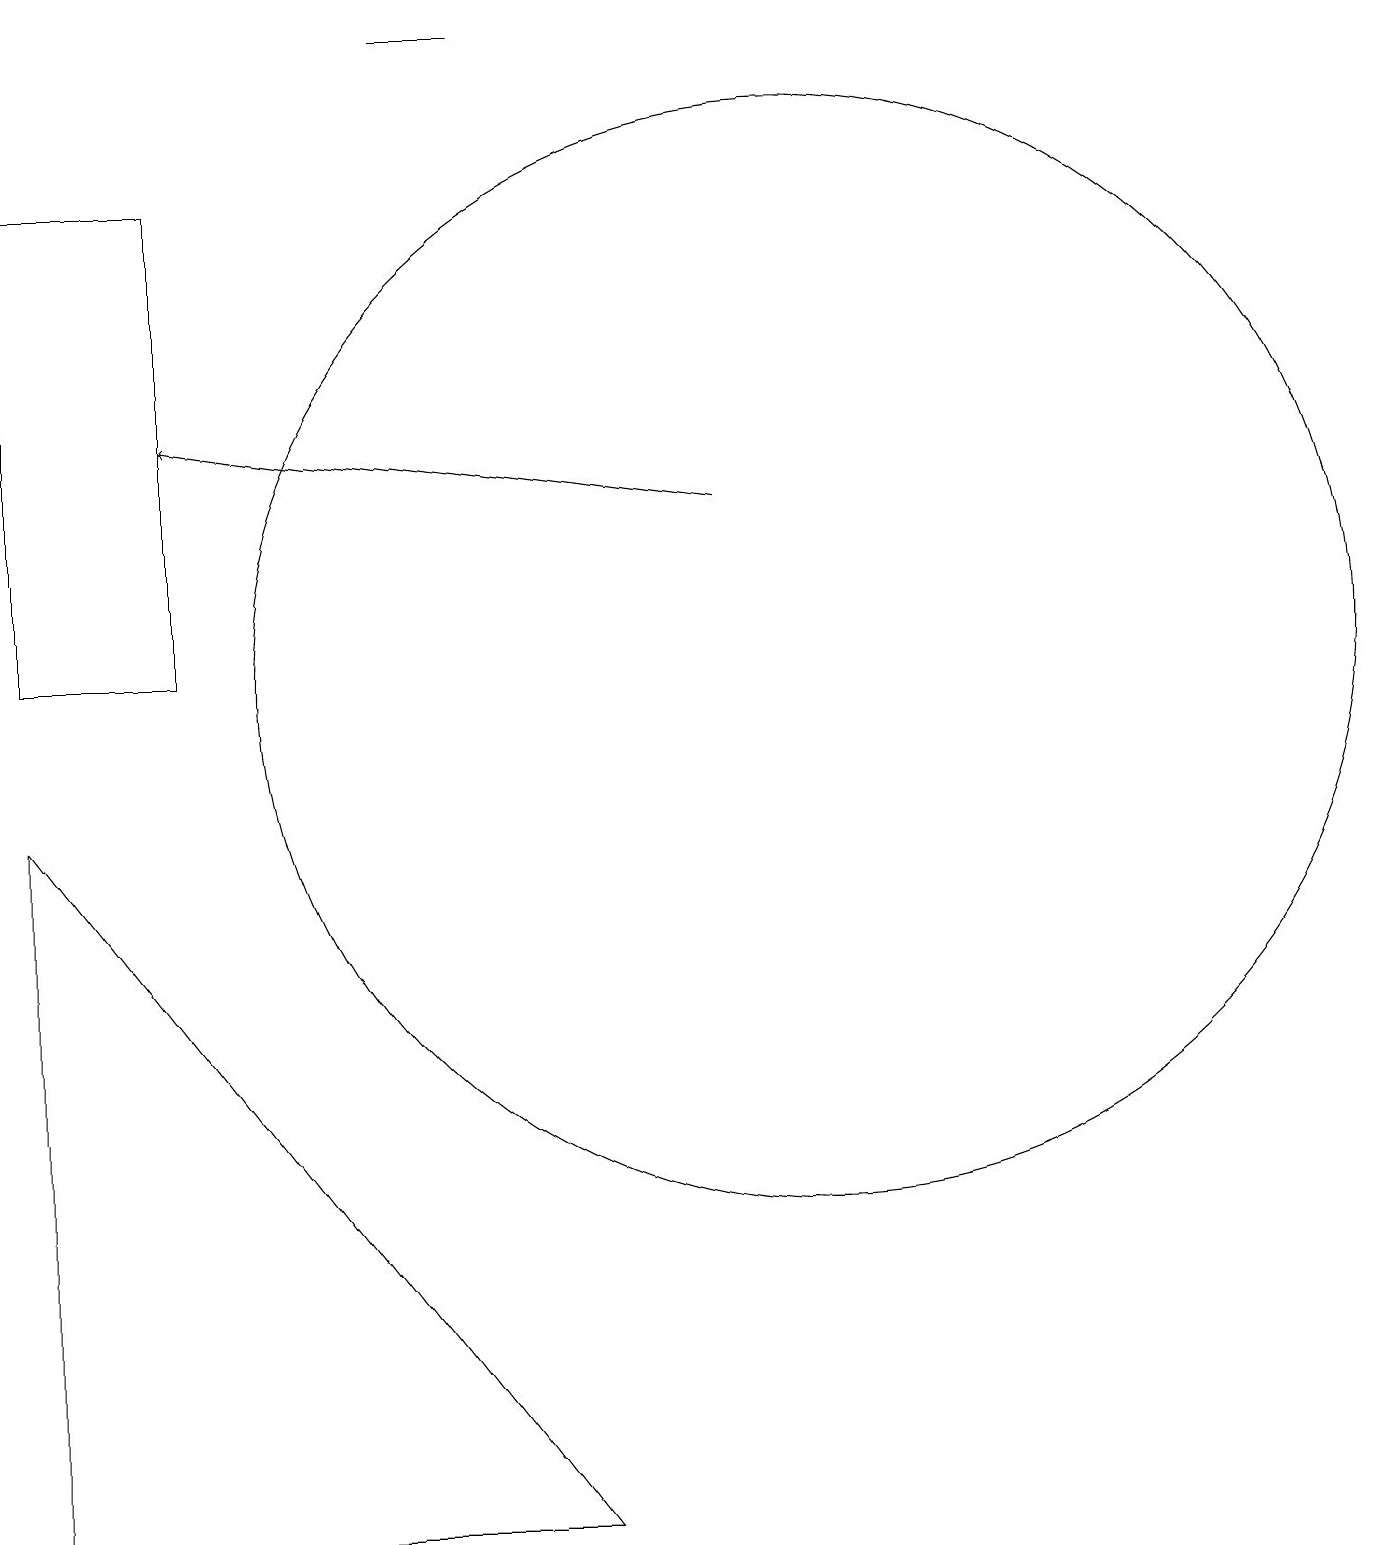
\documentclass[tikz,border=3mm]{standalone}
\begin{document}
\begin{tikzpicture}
\draw (5,19) rectangle (6,19);
\draw (11,11) circle (0);
\draw (0,0) -- (0,9) -- (7,0) -- cycle;
\draw[->] (9,13) -- (2,14);
\draw (10,11) circle (7);
\draw (2,11) rectangle (0,17);
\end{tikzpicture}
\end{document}